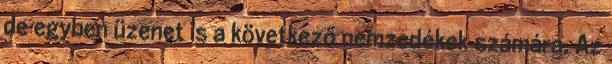
de egyben üzenet is a következő nemzedékek számára. Az